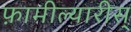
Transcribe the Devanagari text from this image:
फ़ामील्यारीस्